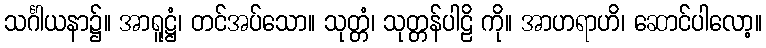
သင်္ဂါယနာ၌။ အာရူဋ္ဌံ၊ တင်အပ်သော။ သုတ္တံ၊ သုတ္တန်ပါဠိ ကို။ အာဟရာဟိ၊ ဆောင်ပါလော့။